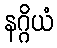
နဂ္ဂိယံ